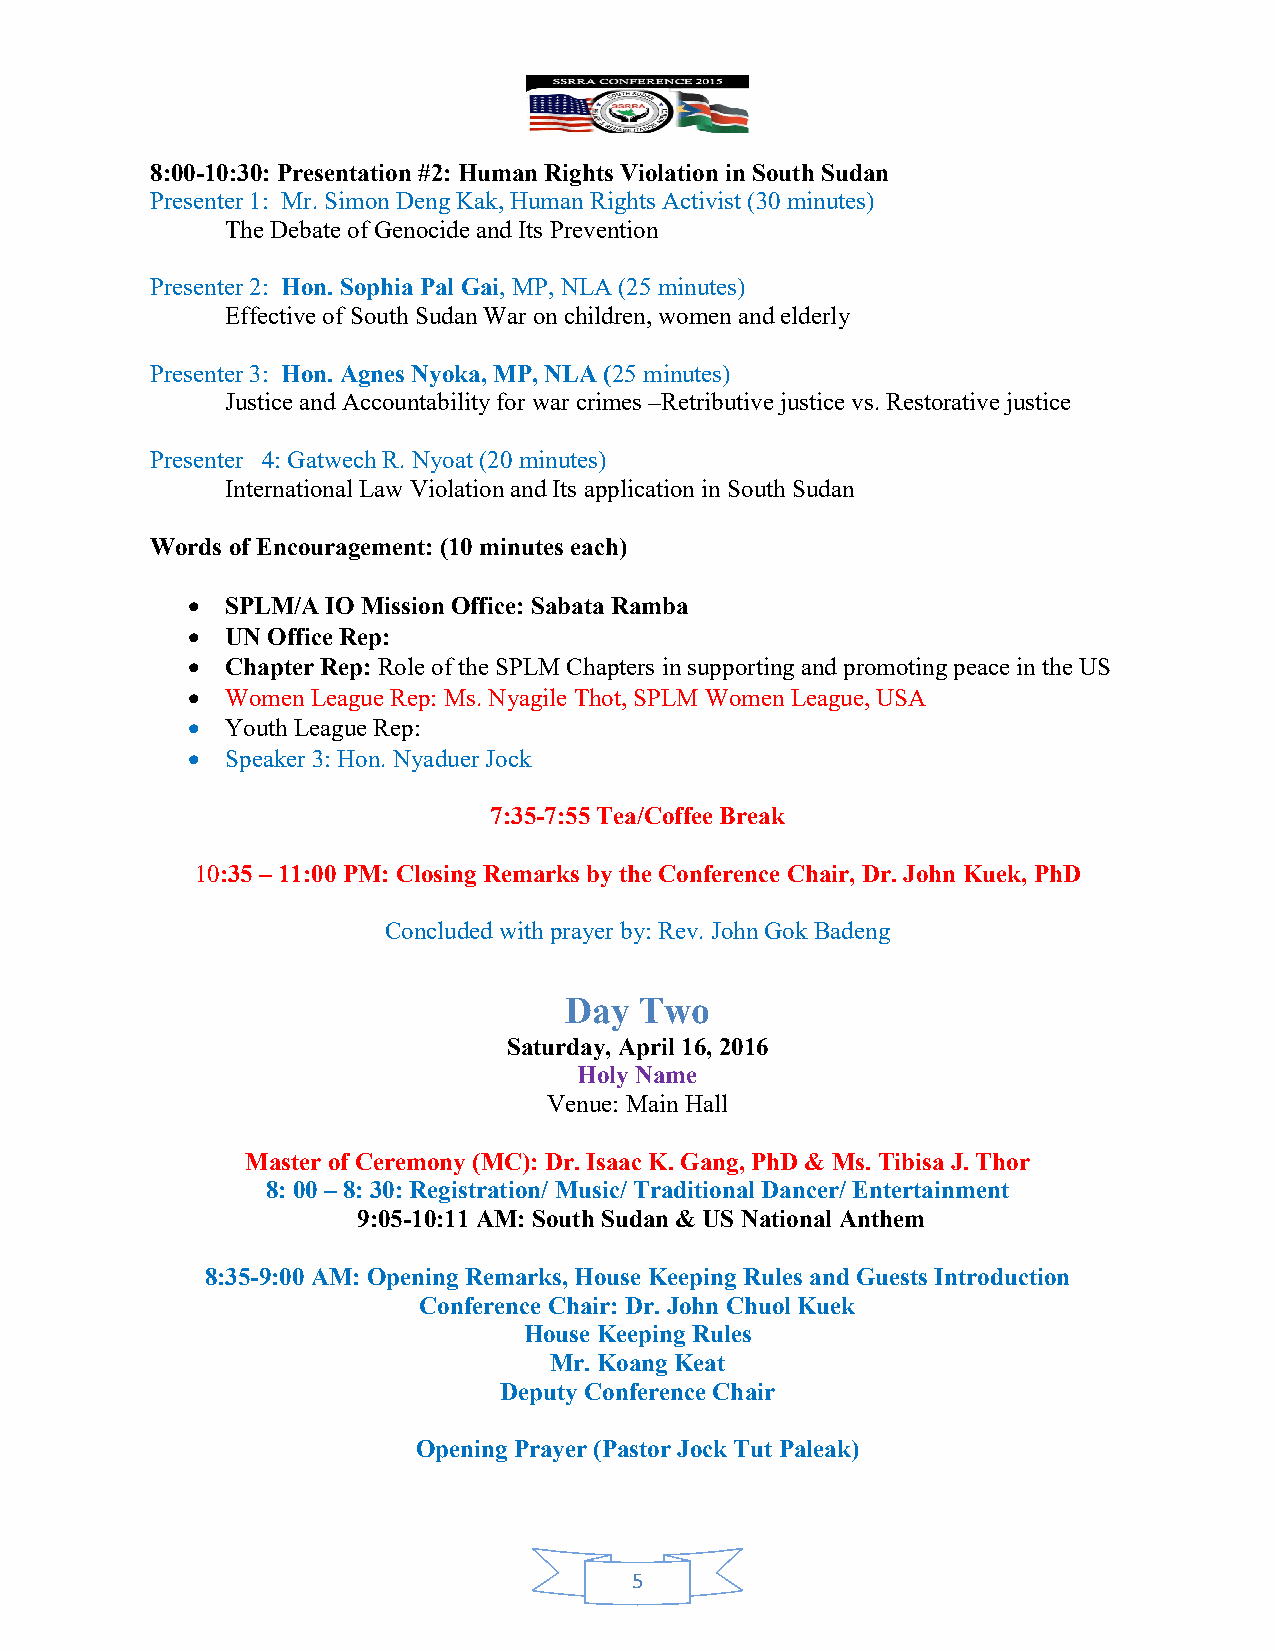
8:00-10:30: Presentation #2: Human Rights Violation in South Sudan
 Presenter 1: Mr. Simon Deng Kak, Human Rights Activist (30 minutes)
 The Debate of Genocide and Its Prevention
 Presenter 2: Hon. Sophia Pal Gai, MP, NLA (25 minutes)
 Effective of South Sudan War on children, women and elderly
 Presenter 3: Hon. Agnes Nyoka, MP, NLA (25 minutes)
 Justice and Accountability for war crimes –Retributive justice vs. Restorative justice
 Presenter 4: Gatwech R. Nyoat (20 minutes)
 International Law Violation and Its application in South Sudan
 Words of Encouragement: (10 minutes each)
 •  SPLM/A IO Mission Office: Sabata Ramba
 •  UN Office Rep:
 •  Chapter Rep: Role of the SPLM Chapters in supporting and promoting peace in the US
 •  Women League Rep: Ms. Nyagile Thot, SPLM Women League, USA
 •  Youth League Rep:
 •  Speaker 3: Hon. Nyaduer Jock
 7:35-7:55 Tea/Coffee Break
 10:35 – 11:00 PM: Closing Remarks by the Conference Chair, Dr. John Kuek, PhD
 Concluded with prayer by: Rev. John Gok Badeng
 Day  Two
 Saturday, April 16, 2016
 Holy Name
 Venue: Main Hall
 Master of Ceremony (MC): Dr. Isaac K. Gang, PhD & Ms. Tibisa J. Thor
 8: 00 – 8: 30: Registration/ Music/ Traditional Dancer/ Entertainment
 9:05-10:11 AM: South Sudan & US National Anthem
 8:35-9:00 AM: Opening Remarks, House Keeping Rules and Guests Introduction
 Conference Chair: Dr. John Chuol Kuek
 House Keeping Rules
 Mr. Koang Keat
 Deputy Conference Chair
 Opening Prayer (Pastor Jock Tut Paleak)
 5